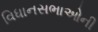
વિધાનસભાઓની